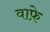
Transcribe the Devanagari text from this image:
वाफे़